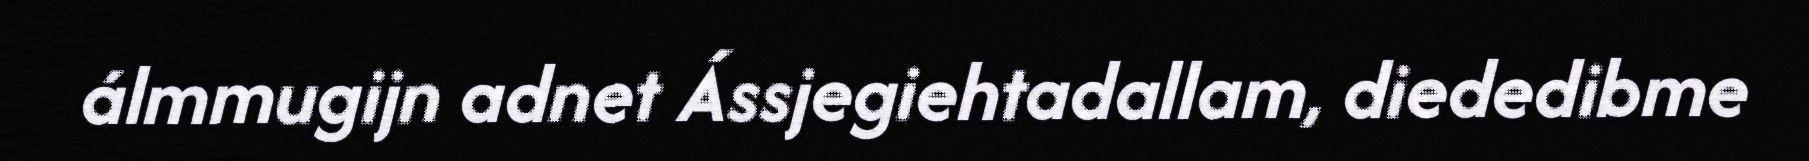
álmmugijn adnet Ássjegiehtadallam, diededibme